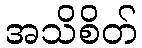
အသိစိတ်